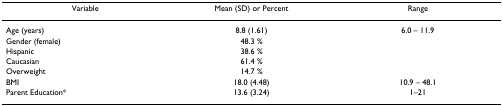
<table><thead><tr><td><b>Variable</b></td><td><b>Mean (SD) or Percent</b></td><td><b>Range</b></td></tr></thead><tbody><tr><td>Age (years)</td><td>8.8 (1.61)</td><td>6.0 – 11.9</td></tr><tr><td>Gender (female)</td><td>48.3 %</td><td></td></tr><tr><td>Hispanic</td><td>38.6 %</td><td></td></tr><tr><td>Caucasian</td><td>61.4 %</td><td></td></tr><tr><td>Overweight</td><td>14.7 %</td><td></td></tr><tr><td>BMI</td><td>18.0 (4.48)</td><td>10.9 – 48.1</td></tr><tr><td>Parent Education*</td><td>13.6 (3.24)</td><td>1–21</td></tr></tbody></table>